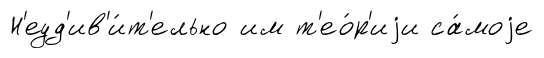
Н'еуд'ив'и́т'ельно им т'ео́р'иjи са́моjе